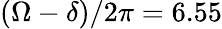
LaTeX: (\Omega-\delta)/2\pi=6.55